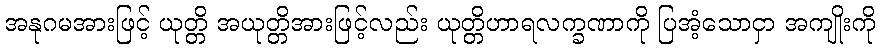
အနုဂမအားဖြင့် ယုတ္တိ အယုတ္တိအားဖြင့်လည်း ယုတ္တိဟာရလက္ခဏာကို ပြအံ့သောငှာ အကျိုးကို